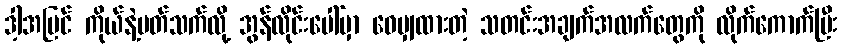
ဒါ့အပြင် ကိုယ်နဲ့ပတ်သက်လို့ အွန်လိုင်းပေါ်မှာ ဝေမျှထားတဲ့ သတင်းအချက်အလက်တွေကို လိုက်ကောက်ပြီး